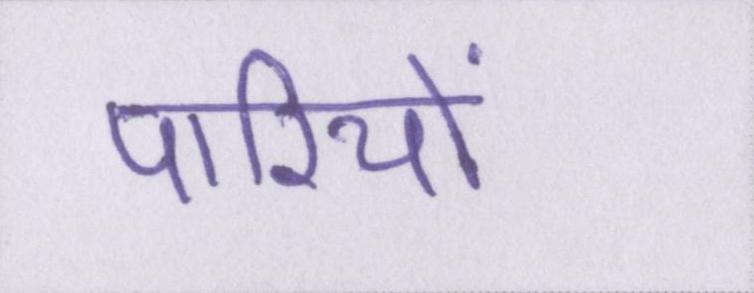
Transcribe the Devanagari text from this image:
पारियों